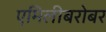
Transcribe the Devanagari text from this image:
एमिलीबरोबर